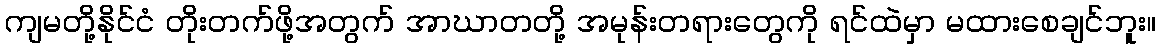
ကျမတို့နိုင်ငံ တိုးတက်ဖို့အတွက် အာဃာတတို့ အမုန်းတရားတွေကို ရင်ထဲမှာ မထားစေချင်ဘူး။